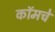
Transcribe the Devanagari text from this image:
कॉमचे